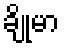
ချိုမာ